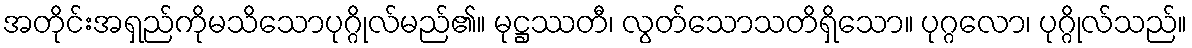
အတိုင်းအရှည်ကိုမသိသောပုဂ္ဂိုလ်မည်၏။ မုဋ္ဌဿတီ၊ လွတ်သောသတိရှိသော။ ပုဂ္ဂလော၊ ပုဂ္ဂိုလ်သည်။